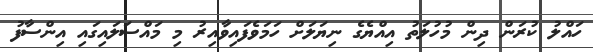
ހައްލު ކުރަން ދިން މުހުލަތު އިއްޔެގެ ނިޔަލަށް ހަމަވެފައިވާއިރު މި މައްސަލައިގައި އިންސާފު